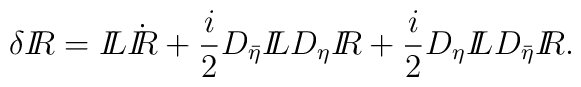
\delta {I\!\!R}= {I\!\!L}\dot{I\!\!R}+ \frac{i}{2} D_{\bar\eta}{I\!\!L}D_{\eta}{I\!\!R} + \frac{i}{2}D_{\eta}{I\!\!L}D_{\bar\eta}{I\!\!R}.